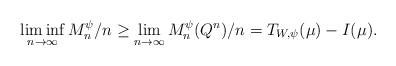
\begin{align*}\liminf_{n\to\infty}M_n^{\psi} / n \ge \lim_{n\to\infty}M_n^{\psi}(Q^n) / n = T_{W,\psi}(\mu) - I(\mu).\end{align*}